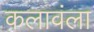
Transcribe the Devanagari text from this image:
कलावंला